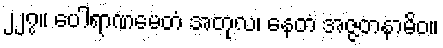
၂၂၇။ ပေါရာဏမေတံ အတုလ၊ နေတံ အဇ္ဇတနာမိဝ။